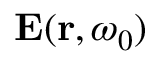
\mathbf { E } ( \mathbf { r } , \omega _ { 0 } )